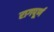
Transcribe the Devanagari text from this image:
रागपूर्ण